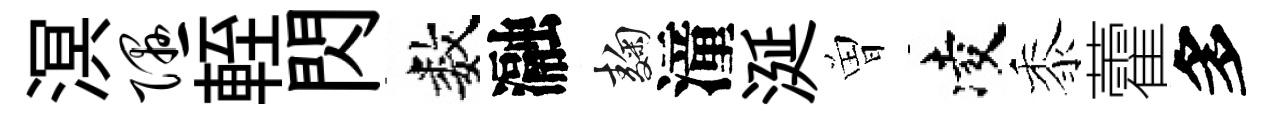
溟隰輊閃数瀜麹潼涎曽凌黍藿多